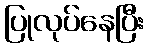
ပြုလုပ်နေပြီး